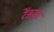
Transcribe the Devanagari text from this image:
रेंडरड